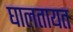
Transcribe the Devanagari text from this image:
घालतायत